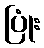
ပြုံး